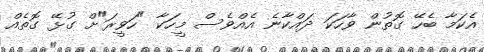
އެކަމާ ބެހޭ ގޮތުން ވާހަކަ ދައްކާނެ އެއްވެސް މީހަކާ "ހަވީރަ"ށް ގުޅޭ ގޮތެއް